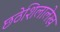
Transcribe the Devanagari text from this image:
छठेशिलालेख